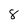
Character: 8